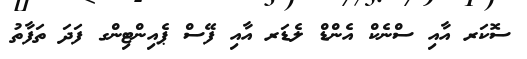
ސޮކަރ އާއި ސްނެކް އެންޑް ލެޑަރ އާއި ފޭސް ޕެއިންޓިންގ ފަދަ ތަފާތު